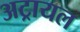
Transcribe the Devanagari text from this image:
अट्रायल